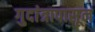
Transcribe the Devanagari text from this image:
गुदांत्रापासून